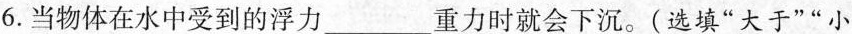
6.当物体在水中受到的浮力___重力时就会下沉。(选填”大于””小